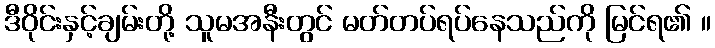
ဒီဝိုင်းနှင့်ချမ်းတို့ သူမအနီးတွင် မတ်တပ်ရပ်နေသည်ကို မြင်ရ၏ ။